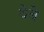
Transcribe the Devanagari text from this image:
थेबे